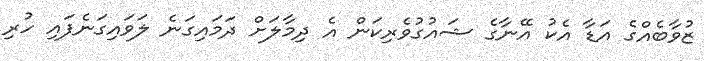
ޒުވާބެއްގެ އަޑާ އެކު އޭނާގެ ޝައުގުވެރިކަން އެ ދިމާލަށް ދަމައިގަނެ ލަވައިގަނެފައި ހުރި